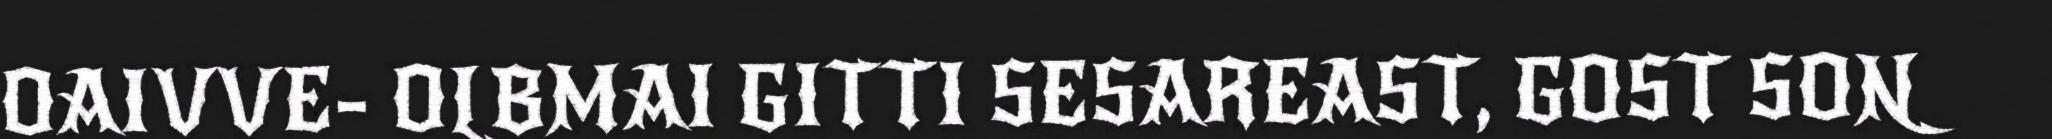
OAIVVE- OLBMAI GITTI SESAREAST, GOST SON